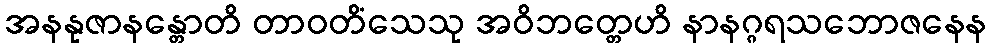
အနနုဇာနန္တောတိ တာဝတိံသေသု အဝိဘတ္တေဟိ နာနဂ္ဂရသဘောဇနေန